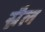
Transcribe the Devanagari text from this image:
स्नैल